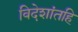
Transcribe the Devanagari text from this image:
विदेशांतहि